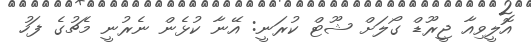
އޮލީވިއާ ޖީރޫޑް ގޯލަށް ޝޫޓް ކުރަނީ: އޭނާ ކުޅެން ނެރުނީ މެޗުގެ ފަހު